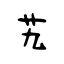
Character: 艽